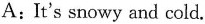
A:It's snowy and cold.